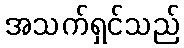
အသက်ရှင်သည်